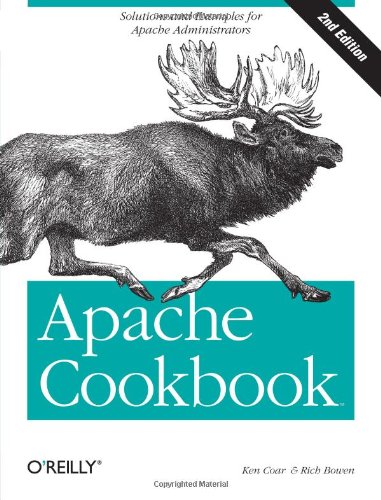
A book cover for Apache Cookbook: Solutions and Examples for Apache Administrators; Rich Bowen; Computers & Technology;